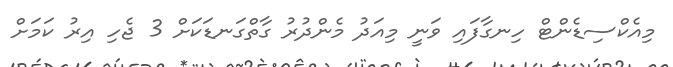
މިއެކްސިޑެންޓް ހިނގާފައި ވަނީ މިއަދު މެންދުރު ގާތްގަނޑަކަށް 3 ޖެހި އިރު ކަމަށް